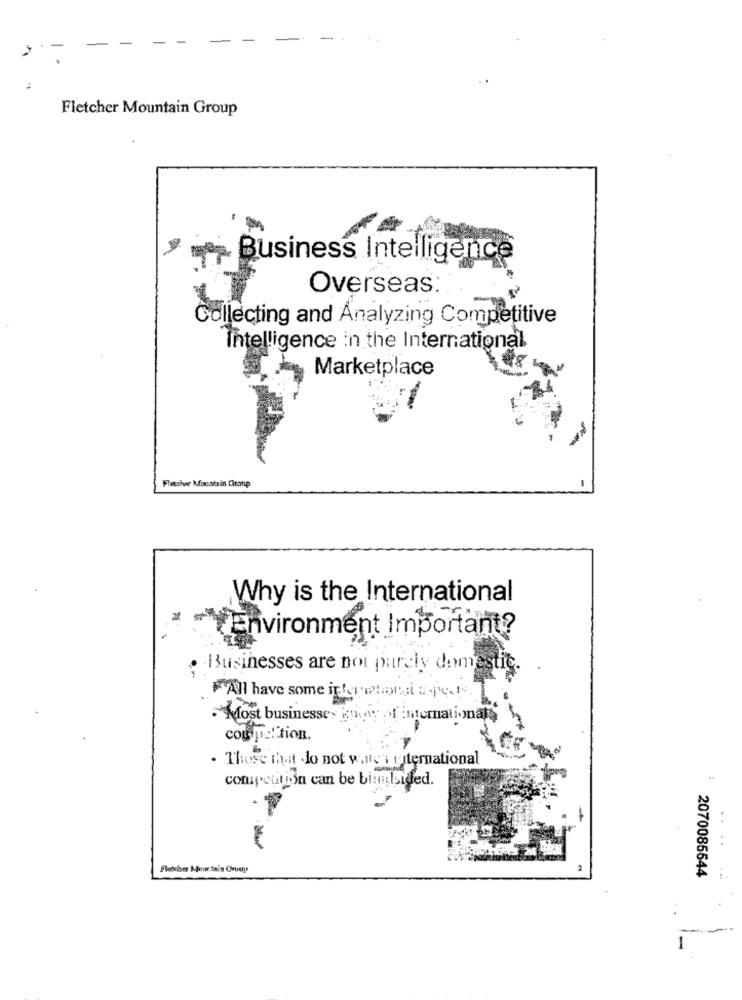
Fletcher Mountain Group
Business Intelligence
Overseas
Collecting and Analyzing Competitive
Intelligence in the International
Marketplace
Flatslye Monats in Group
Why is the International
Environment Important?
Businesses are not paraly domestic.
"All have some internalmust apels
Most businesses iny of international
coupet tion.
. Those that do not wals i waternational
competition can be bimilsided.
Fletcher Mour tain Crops
2070085544
1